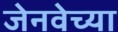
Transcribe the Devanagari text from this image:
जेनवेच्या